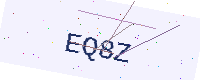
Text: EQ8Z